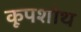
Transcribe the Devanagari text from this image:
कूपशोथ